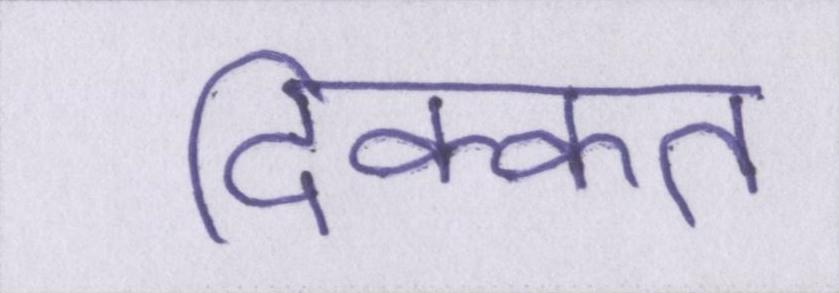
दिक्कत